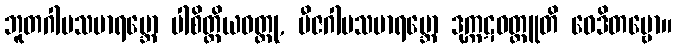
ဘူတဂါမသမာရမ္ဘော ပါစိတ္တိယဝတ္ထု, ဗီဇဂါမသမာရမ္ဘော ဒုက္ကဋဝတ္ထူတိ ဝေဒိတဗ္ဗော။